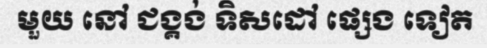
មួយ នៅ ជង្គង់ ទិសដៅ ផ្សេង ទៀត